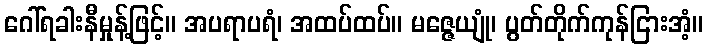
ဂေါ်ရခါးနီမှုန့်ဖြင့်။ အပရာပရံ၊ အထပ်ထပ်။ မဇ္ဇေယျုံ၊ ပွတ်တိုက်ကုန်ငြားအံ့။